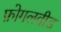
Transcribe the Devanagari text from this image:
फ़ोगलवीड